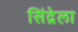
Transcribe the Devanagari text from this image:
सिंद्रेला